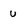
Character: U